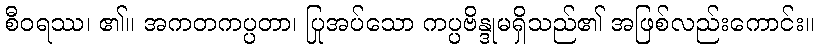
စီဝရဿ၊ ၏။ အကတကပ္ပတာ၊ ပြုအပ်သော ကပ္ပဗိန္ဒုမရှိသည်၏ အဖြစ်လည်းကောင်း။